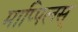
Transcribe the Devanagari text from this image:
माप्पिलस्